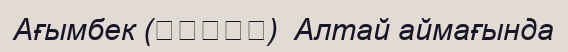
Aғымбек (阿黑木别克)  Алтай аймағында